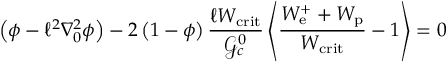
\left( \phi - \ell ^ { 2 } \nabla _ { 0 } ^ { 2 } \phi \right) - 2 \left( 1 - \phi \right) \frac { \ell W _ { \mathrm { c r i t } } } { \mathcal { G } _ { c } ^ { 0 } } \left\langle \frac { W _ { \mathrm { e } } ^ { + } + W _ { \mathrm { p } } } { W _ { \mathrm { c r i t } } } - 1 \right\rangle = 0